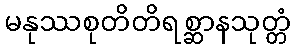
မနုဿစုတိတိရစ္ဆာနသုတ္တံ